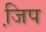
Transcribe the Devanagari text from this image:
जि़प